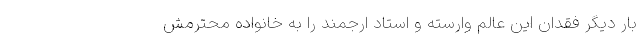
بار دیگر فقدان این عالم وارسته و استاد ارجمند را به خانواده محترمش